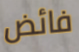
فائض